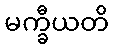
မက္ခီယတိ